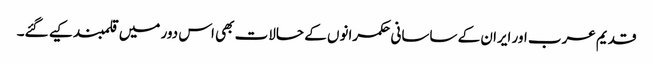
قدیم عرب اور ایران کے ساسانی حکمرانوں کے حالات بھی اس دور میں قلمبند کیے گئے۔